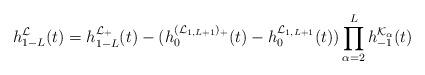
LaTeX: \begin{align*}h_{1-L}^{\mathcal{L}}(t)=h_{1-L}^{\mathcal{L}_+}(t)-(h_{0}^{(\mathcal{L}_{1,L+1})_+}(t)-h_{0}^{\mathcal{L}_{1,L+1}}(t))\prod_{\alpha=2}^Lh_{-1}^{\mathcal{K}_\alpha}(t)\end{align*}